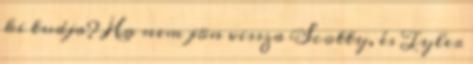
ki tudja? Ha nem jön vissza Scotty, és Tyler